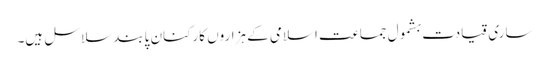
ساری قیادت بشمول جماعت اسلامی کے ہزاروں کارکنان پابند سلاسل ہیں۔